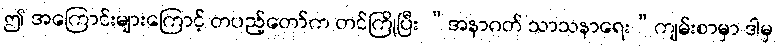
ဤ အကြောင်းများကြောင့် တပည့်တော်က တင်ကြိုပြီး “အနာဂတ် သာသနာရေး”ကျမ်းစာမှာ ဒါမှ